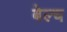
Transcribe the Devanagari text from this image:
बेल्च